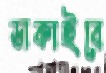
ডাকাইবে